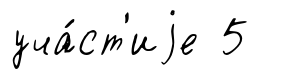
уча́ст'иjе 5